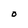
Character: o